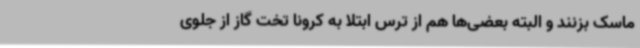
ماسک بزنند و البته بعضی‌ها هم از ترس ابتلا به کرونا تخت‌ گاز از جلوی